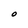
Character: O